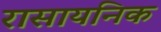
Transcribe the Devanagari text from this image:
रासायनिक